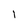
Character: l